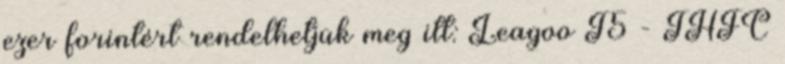
ezer forintért rendelhetjük meg itt: Leagoo T5 - THFC